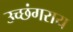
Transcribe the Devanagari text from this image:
उच्छंगराय